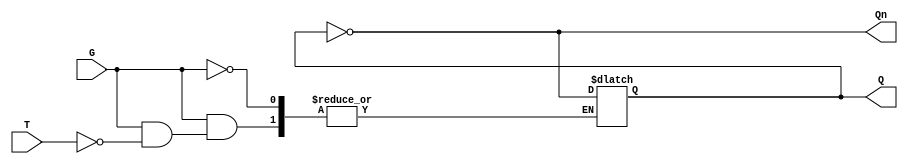
module Gated_T_Latch (
    input wire T,      // Toggle input
    input wire G,      // Gate signal
    output reg Q,      // Output
    output wire Qn     // Complement output
);

    // Complement output
    assign Qn = ~Q;

    // Always block to implement the latch behavior
    always @(*) begin
        if (G) begin
            if (T) begin
                Q = ~Q; // Toggle the state
            end
            // If T is low, Q remains unchanged
        end
        // If G is low, Q remains unchanged (retains its state)
    end

endmodule